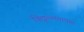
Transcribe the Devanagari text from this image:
विद्युल्लतापात